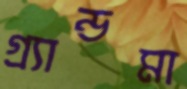
গ্র্যান্ডমা